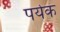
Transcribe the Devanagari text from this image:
पर्यकं